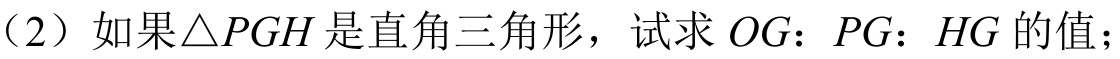
（2）如果\(\triangle PGH\)是直角三角形，试求\(OG：PG：HG\)的值；